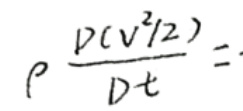
\[
\rho \frac{\mathrm{D}(v^{2}/2)}{\mathrm{D}t}=
\]